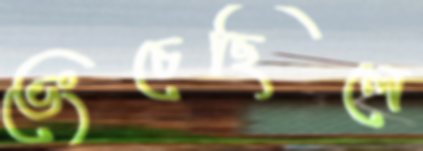
ভেংচেছিলে